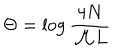
\Theta = \log \displaystyle \frac { 4 N } { { \cal M } L }